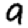
Digit: 9